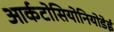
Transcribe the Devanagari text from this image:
आर्कटोसियोनियोडेई